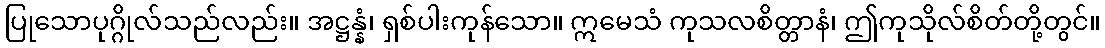
ပြုသောပုဂ္ဂိုလ်သည်လည်း။ အဋ္ဌန္နံ၊ ရှစ်ပါးကုန်သော။ ဣမေသံ ကုသလစိတ္တာနံ၊ ဤကုသိုလ်စိတ်တို့တွင်။